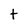
Character: t